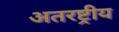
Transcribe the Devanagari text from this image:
अतरष्ट्रीय